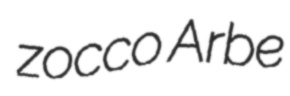
zocco Arbe